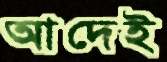
আদেই